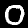
Label: 0